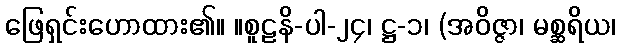
ဖြေရှင်းဟောထား၏။ ။စူဠနိ-ပါ-၂၄၊ ဋ္ဌ-၁၊ (အဝိဇ္ဇာ၊ မစ္ဆရိယ၊